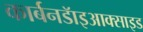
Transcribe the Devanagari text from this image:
कार्बनडॅाइआक्साइड